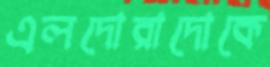
এলদোরাদোকে